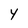
Character: y